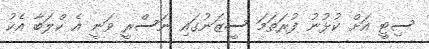
ސިޓީ އަށް ކުޅުނު ފުރަތަމަ ސީޒަނުގައި ނަސްރީ ވަނީ އެ ކްލަބާ އެކު